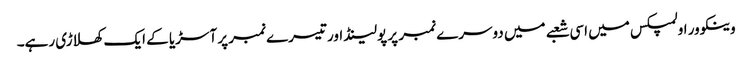
وینکوور اولمپکس میں اسی شعبے میں دوسرے نمبر پر پولینڈ اور تیسرے نمبر پر آسڑیا کے ایک کھلاڑی رہے۔